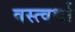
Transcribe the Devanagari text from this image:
वस्त्वर्था